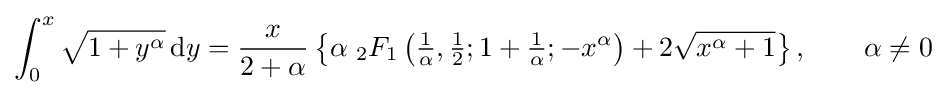
\int _{0}^{x}{\sqrt {1+y^{\alpha }}}\,\mathrm {d} y={\frac {x}{2+\alpha }}\left\{\alpha \;{}_{2}F_{1}\left({\tfrac {1}{\alpha }},{\tfrac {1}{2}};1+{\tfrac {1}{\alpha }};-x^{\alpha }\right)+2{\sqrt {x^{\alpha }+1}}\right\},\qquad \alpha \neq 0